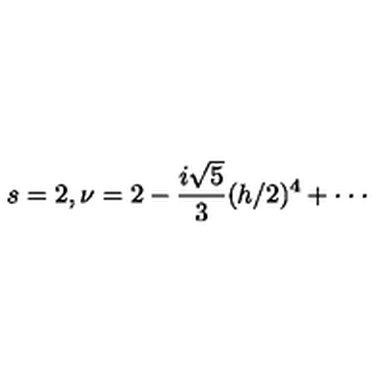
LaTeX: s = 2 , \nu = 2 - \frac { i \sqrt { 5 } } { 3 } ( h / 2 ) ^ { 4 } + \cdot \cdot \cdot